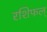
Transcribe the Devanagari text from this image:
रशिफल्